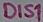
Text: DIS1